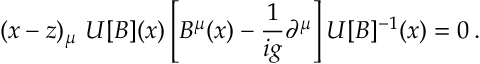
( x - z ) _ { \mu } \ U [ B ] ( x ) \left[ B ^ { \mu } ( x ) - { \frac { 1 } { i g } } \partial ^ { \mu } \right] U [ B ] ^ { - 1 } ( x ) = 0 \, .